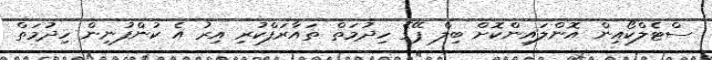
ސްޓެލްކޯއިން އޮންލައިންކޮށް ބިލް ޕޭގެ ހިދުމަތް ތައާރަފްކުރި އިރު އެ ކުންފުނިން ހިދުމަތް